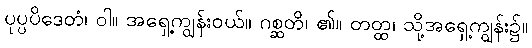
ပုပ္ပပိဒေတံ၊ ဝါ။ အရှေ့ကျွန်းဝယ်။ ဂစ္ဆတိ၊ ၏။ တတ္ထ၊ သို့အရှေ့ကျွန်း၌။